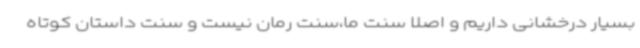
بسیار درخشانی داریم و اصلا سنت ما،سنت رمان نیست و سنت داستان کوتاه